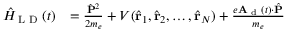
\begin{array} { r l } { \hat { H } _ { \textrm { L D } } ( t ) } & { = \frac { \hat { \mathbf { P } } ^ { 2 } } { 2 m _ { e } } + V ( \hat { \mathbf { r } } _ { 1 } , \hat { \mathbf { r } } _ { 2 } , \hdots , \hat { \mathbf { r } } _ { N } ) + \frac { e \mathbf { A } _ { \textrm { d } } ( t ) \cdot \hat { \mathbf { P } } } { m _ { e } } } \end{array}